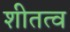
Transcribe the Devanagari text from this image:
शीतत्व